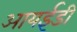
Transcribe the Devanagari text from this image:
आयईडी